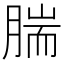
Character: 腨